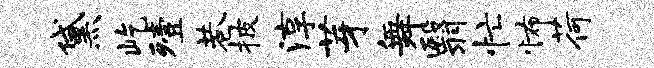
黛屹殪巷披淳芽舞翳忙怖荷